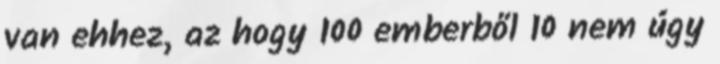
van ehhez, az hogy 100 emberből 10 nem úgy